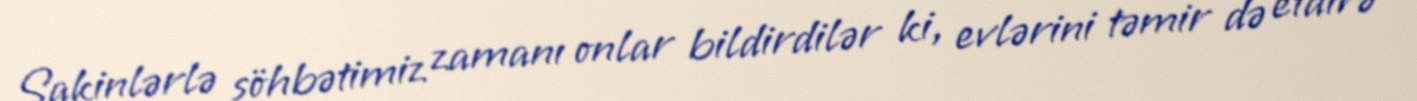
Sakinlərlə söhbətimiz zamanı onlar bildirdilər ki, evlərini təmir də etdirə